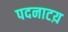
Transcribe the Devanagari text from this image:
पदनाटय़